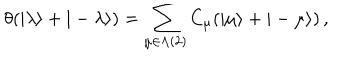
LaTeX: \theta ( | \lambda \rangle + | - \lambda \rangle ) = \sum _ { \mu \in \Lambda ( 2 ) } C _ { \mu } ( | \mu \rangle + | - \mu \rangle ) \, ,